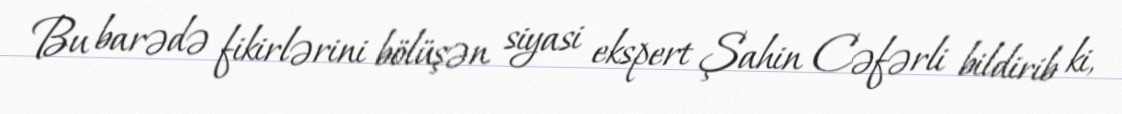
Bu barədə fikirlərini bölüşən siyasi ekspert Şahin Cəfərli bildirib ki,